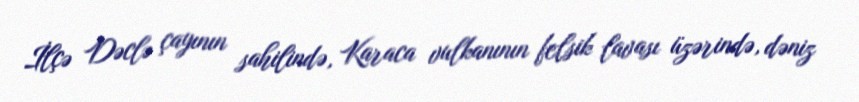
İlçə Dəclə çayının sahilində, Karaca vulkanının felsik lavası üzərində, dəniz